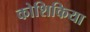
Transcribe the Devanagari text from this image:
कोशिकिया